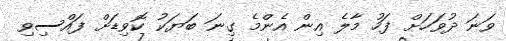
ވަނަ ދުވަހަށް ފަހު މާލެ އިން އެންމެ ގިނަ ބަޔަކު ކޮވިޑަށް ފައްސިވި